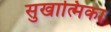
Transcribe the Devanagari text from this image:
सुखात्मिका